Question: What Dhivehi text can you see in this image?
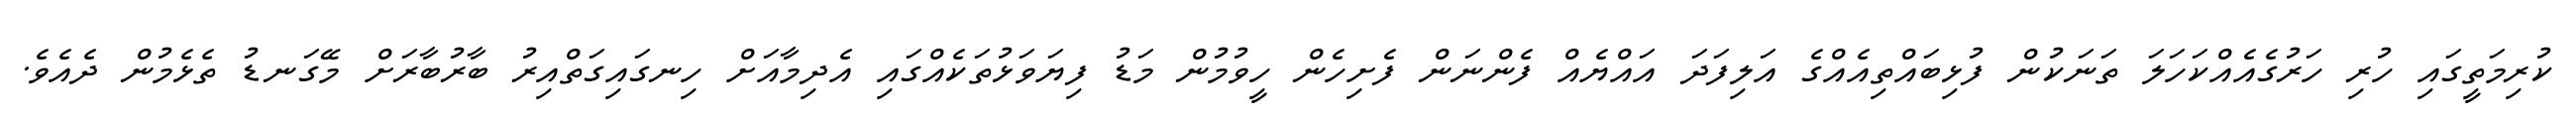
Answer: ކުރިމަތީގައި ހުރި ހަރުގެއެއްކަހަލަ ތަނަކުން ފުޅިބައްތިއެއްގެ އަލިފަދަ އައްޔެއް ފެންނަން ފެށިހެން ހީވުމުން މަޑު ފިޔަވަޅުތަކެއްގައި އެދިމާއަށް ހިނގައިގަތްއިރު ބާރުބާރަށް މޭގަނޑު ތެޅެމުން ދެއެވެ.